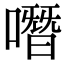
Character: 噆